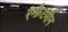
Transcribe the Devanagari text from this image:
एम्फ़ैटमीन